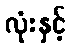
လုံးနှင့်